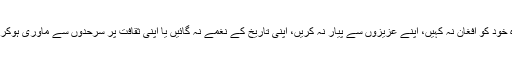
مگر لوگوں سے یہ تقاضا کرنا کہ وہ خود کو افغان نہ کہیں، اپنے عزیزوں سے پیار نہ کریں، اپنی تاریخ کے نغمے نہ گائیں یا اپنی ثقافت پر سرحدوں سے ماوری ہوکر فخر نہ کریں یہ تو ریاستی جبر ہے۔